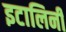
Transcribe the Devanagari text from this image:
इटालिनी